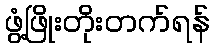
ဖွံ့ဖြိုးတိုးတက်ရန်